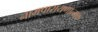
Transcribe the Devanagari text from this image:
नामपारायणात्मक